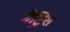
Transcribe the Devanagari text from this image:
मैट्रिस